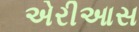
એરીઆસ